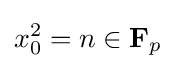
x_{0}^{2}=n\in \mathbf {F} _{p}